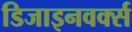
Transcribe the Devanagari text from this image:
डिजाइनवर्क्स